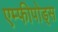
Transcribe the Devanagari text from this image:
एम्फीपोड्स